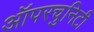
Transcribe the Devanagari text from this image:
ऑपरचुनिटी